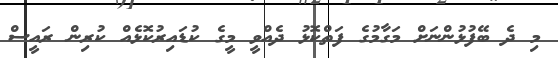
މި ދެ ބޭފުޅުންނަށް މަގާމުގެ ފަތްކޮޅު ދެއްވީ މީގެ ކުޑައިރުކޮޅެއް ކުރިން ރައީސް